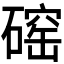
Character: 𪿲